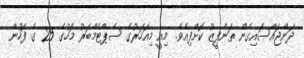
ދަންޖައްސައިގެން ތަންފީޒު ކޮށްފިއެވެ. މިއީ މިއަހަރުގެ ސެޕްޓެމްބަރު މަހުގެ 25 ގެ ފަހުން